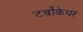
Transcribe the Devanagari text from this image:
टर्बोकेयर